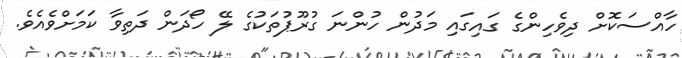
ހާއްސަކޮށް ދިވެހިންގެ ގައިގައި މަދުން ހުންނަ ގުރޫޕުތަކުގެ ލޭ ހޯދަން ދަތިވާ ކަމަށްވެއެވެ.